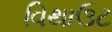
વિથાઉટ